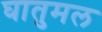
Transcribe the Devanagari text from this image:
घातुमल